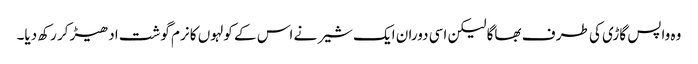
وہ واپس گاڑی کی طر ف بھاگا لیکن اسی دوران ایک شیر نے اس کے کولہوں کا نرم گوشت ادھیڑ کر رکھ دیا۔